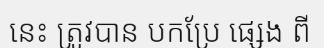
នេះ ត្រូវបាន បកប្រែ ផ្សេង ពី